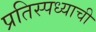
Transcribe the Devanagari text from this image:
प्रतिस्पध्याची